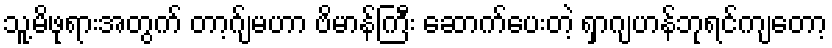
သူ့မိဖုရားအတွက် တာ့ဂ်ျမဟာ ဗိမာန်ကြီး ဆောက်ပေးတဲ့ ရှာဂျဟန်ဘုရင်ကျတော့